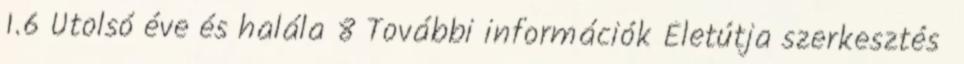
1.6 Utolsó éve és halála 8 További információk Életútja szerkesztés